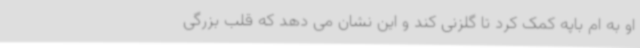
او به ام باپه کمک کرد تا گلزنی کند و این نشان می دهد که قلب بزرگی